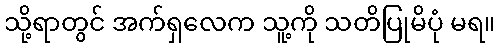
သို့ရာတွင် အက်ရှလေက သူ့ကို သတိပြုမိပုံ မရ။